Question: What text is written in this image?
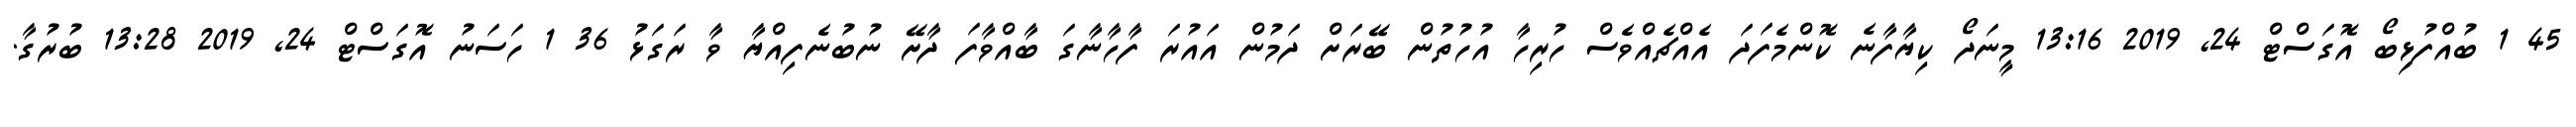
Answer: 45 1 ބުއްފުޅިބޯ އޮގަސްޓް 24, 2019 13:16 މީނަދޯ ކިޔާފާނެ ކޮންމެފަދަ އެއްޗެއްވެސް ހުރިހާ އުހުތުން ބޭރަށް ދަމުން އައުރަ ފާހާނާގަ ބާއްވާފަ ދާށޭ ނުބުނެފިއްޔާ ވާ ރަގަޅު 36 1 ހަސަނު އޮގަސްޓް 24, 2019 13:28 ބުރުގާ.